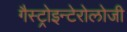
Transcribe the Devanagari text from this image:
गैस्ट्रोइन्टेरोलोजी